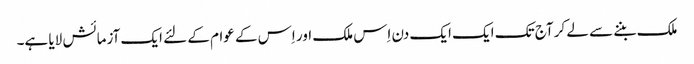
ملک بننے سے لے کر آج تک ایک ایک دن اِس ملک اور اِس کے عوام کے لئے ایک آزمائش لایا ہے۔